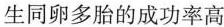
生同卵多胎的成功率高